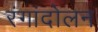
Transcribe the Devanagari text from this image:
रंगांदोलन